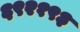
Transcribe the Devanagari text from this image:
६९२१९३